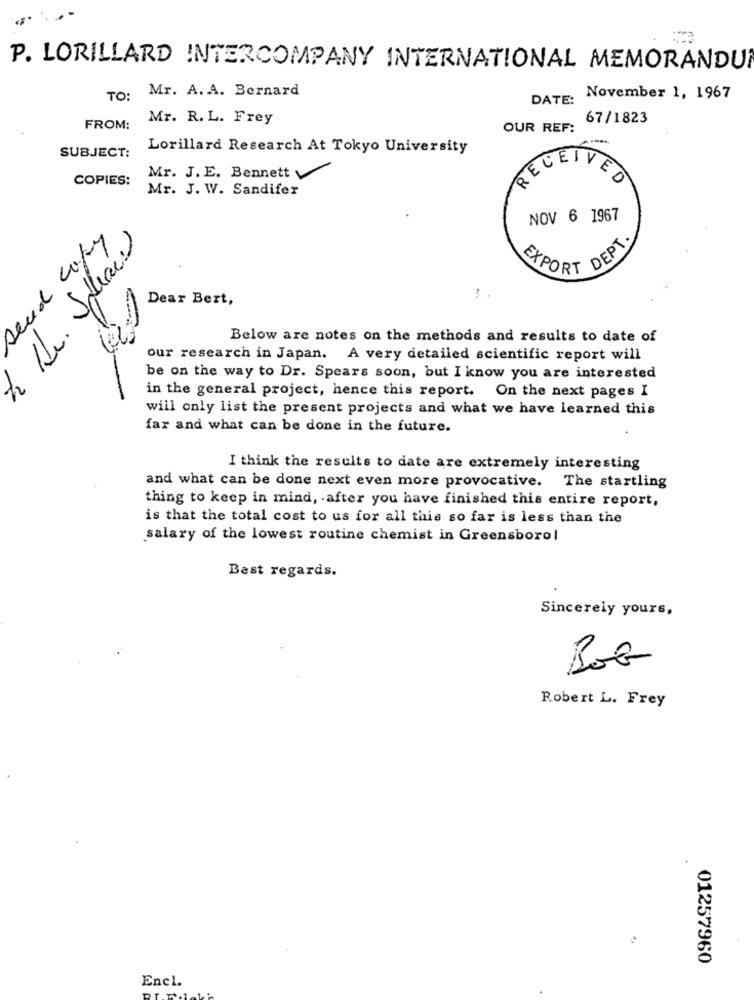
P. LORILLARD INTERCOMPANY INTERNATIONAL MEMORANDUM
Mr. A. A. Bernard
TO :
DATE:
November 1, 1967
Mr. R. L. Frey
67/1823
FROM:
OUR REF:
SUBJECT:
Lorillard Research At Tokyo University
COPIES:
Mr. J.E. Bennett
RECEIVED
Mr. J. W. Sandifer
NOV 6 1967
EXPORT DEPT
Dear Bert,
Below are notes on the methods and results to date of
our research in Japan. A very detailed scientific report will
be on the way to Dr. Spears soon, but I know you are interested
in the general project, hence this report. On the next pages I
will only list the present projects and what we have learned this
far and what can be done in the future.
I think the results to date are extremely interesting
and what can be done next even more provocative. The startling
thing to keep in mind, . after you have finished this entire report,
is that the total cost to us for all this so far is less than the
salary of the lowest routine chemist in Greensborol
Best regards.
Sincerely yours,
Bob
Robert L. Frey
01257960
Encl.